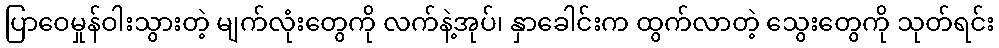
ပြာဝေမှုန်ဝါးသွားတဲ့ မျက်လုံးတွေကို လက်နဲ့အုပ်၊ နှာခေါင်းက ထွက်လာတဲ့ သွေးတွေကို သုတ်ရင်း